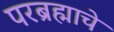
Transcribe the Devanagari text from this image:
परब्रह्माचे